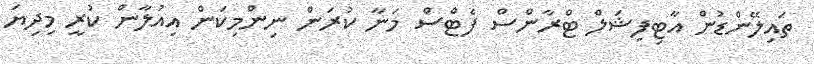
ތައިލޭންޑުން އާޓިފިޝަލް ޓްރާންސް ފެޓްސް މަނާ ކުރަން ނިންމިކަން އިއުލާން ކުރީ މިދިޔަ